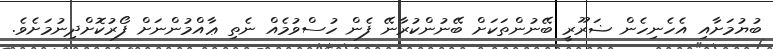
ބުޔުމަށާއި އެހެނިހެން ޟަރޫރީ ބޭނުންތަކަށް ބޭނުންކުރާނޭ ފެން ހުސްވުމެއް ނެތި ޢާއްމުންނަށް ފޯރުކޮށްދިނުމަށެވެ.